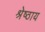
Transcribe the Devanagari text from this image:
श्रेष्ठाय